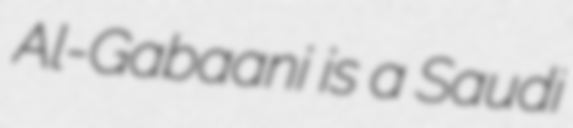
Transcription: Al-Gabaani is a Saudi